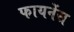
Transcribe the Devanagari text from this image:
फायनेंस